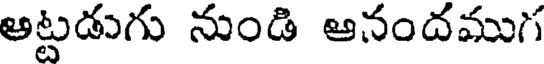
అట్టడుగు నుండి ఆనందముగ